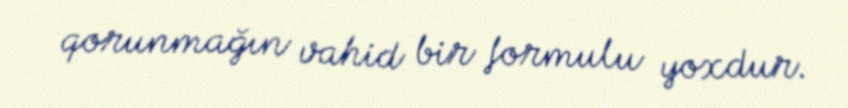
qorunmağın vahid bir formulu yoxdur.